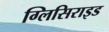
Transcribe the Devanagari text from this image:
ग्लिसिराइड